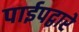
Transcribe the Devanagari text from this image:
पाईपद्वारे